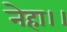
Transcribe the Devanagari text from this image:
नेहा।।